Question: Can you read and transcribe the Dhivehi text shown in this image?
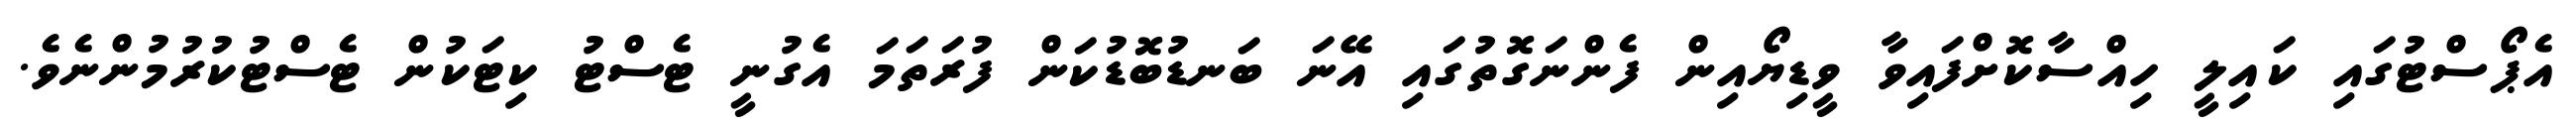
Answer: އެޕޯސްޓުގައި ކައިލީ ހިއްސާކޮށްފައިވާ ވީޑިޔޯއިން ފެންނަގޮތުގައި އޭނަ ބަނޑުބޮޑުކަން ފުރަތަމަ އެގުނީ ޓެސްޓު ކިޓަކުން ޓެސްޓުކުރުމުންނެވެ.